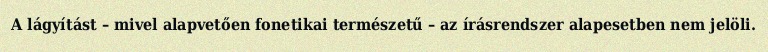
A lágyítást – mivel alapvetően fonetikai természetű – az írásrendszer alapesetben nem jelöli.